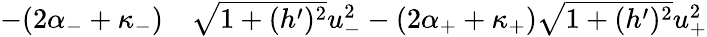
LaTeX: \begin{array}{rl}{-(2\alpha_{-}+\kappa_{-})}&{{}\sqrt{1+(h^{\prime})^{2}}u_{-}^{2}-(2\alpha_{+}+\kappa_{+})\sqrt{1+(h^{\prime})^{2}}u_{+}^{2}}\end{array}